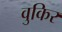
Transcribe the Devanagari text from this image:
वुकिर